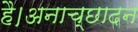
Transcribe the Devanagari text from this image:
है।अनाच्छादन